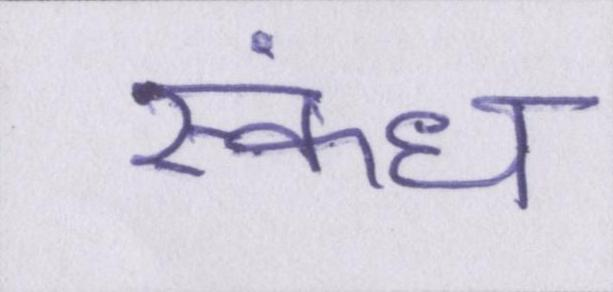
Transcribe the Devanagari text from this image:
स्कंध